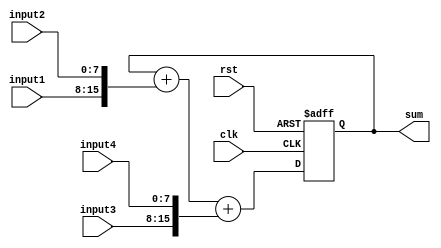
module parallel_accumulator(
    input wire clk,
    input wire rst,
    input wire [7:0] input1,
    input wire [7:0] input2,
    input wire [7:0] input3,
    input wire [7:0] input4,
    output reg [15:0] sum
);

reg [15:0] acc;

always @(posedge clk or posedge rst) begin
    if(rst) begin
        acc <= 16'b0;
    end else begin
        acc <= acc + {input1, input2} + {input3, input4};
    end
end

assign sum = acc;

endmodule